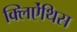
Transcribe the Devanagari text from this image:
क्लिऐंथिस